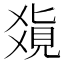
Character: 𤕥